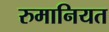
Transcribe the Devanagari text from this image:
रुमानियत